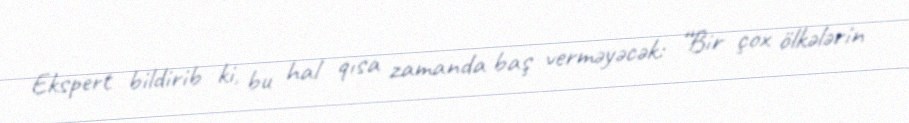
Ekspert bildirib ki, bu hal qısa zamanda baş verməyəcək: “Bir çox ölkələrin